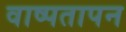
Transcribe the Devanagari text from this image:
वाष्पतापन